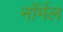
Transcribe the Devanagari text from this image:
नाॅर्मल